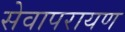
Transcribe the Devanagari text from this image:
सेवापरायण